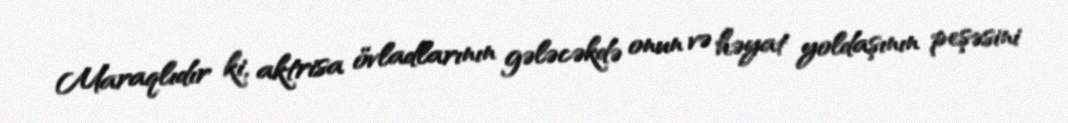
Maraqlıdır ki, aktrisa övladlarının gələcəkdə onun və həyat yoldaşının peşəsini